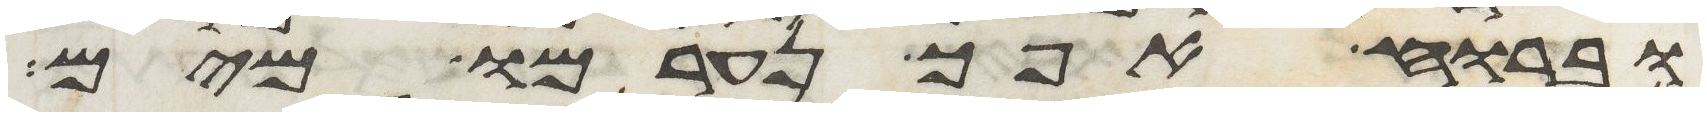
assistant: וברוח אפך נערמו מים